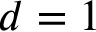
d = 1